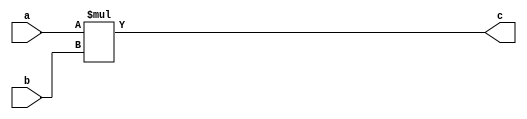
module mult_8bit(a, b, c);
input [7:0] a, b;
output [15:0] c;
                                 
  assign c = a * b;

endmodule